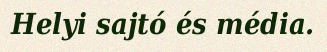
Helyi sajtó és média.